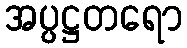
အပ္ပဋ္ဌတရော